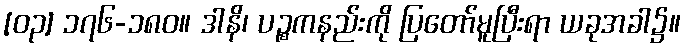
[၀၃] ၁၇၆-၁၈၀။ ဒါနိ၊ ပဉ္စကနည်းကို ပြတော်မူပြီးရာ ယခုအခါ၌။